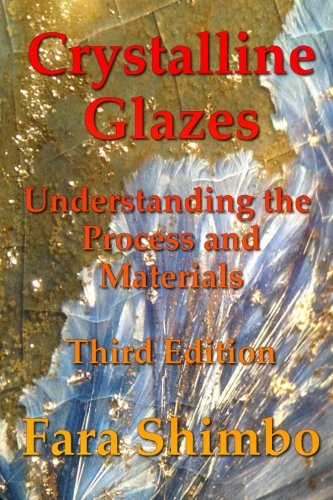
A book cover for Crystalline Glazes: Understanding the Process and Materials; Fara Shimbo; Arts & Photography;